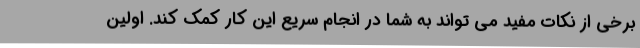
برخی از نکات مفید می تواند به شما در انجام سریع این کار کمک کند. اولین